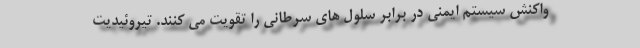
واکنش سیستم ایمنی در برابر سلول های سرطانی را تقویت می کنند. تیروئیدیت